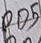
Text: PD5